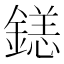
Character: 𲇛